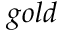
g o l d